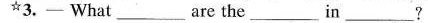
^{☆}3.—What are the___in___?